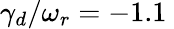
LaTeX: \gamma_{d}/\omega_{r}=-1.1\